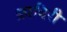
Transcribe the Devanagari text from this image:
क़ादिरी